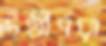
উত্তীর্ণরা